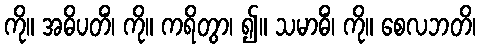
ကို။ အဓိပတိံ၊ ကို။ ကရိတွာ၊ ၍။ သမာဓိံ၊ ကို။ စေလဘတိ၊